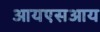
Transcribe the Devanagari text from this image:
आयएसआय